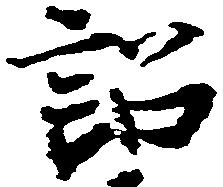
訟